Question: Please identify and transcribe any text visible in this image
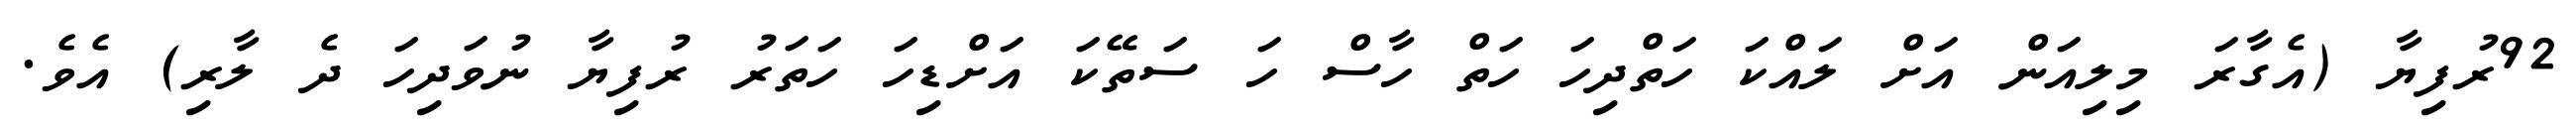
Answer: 92ރުފިޔާ (އެގާރަ މިލިއަން އަށް ލައްކަ ހަތްދިހަ ހަތް ހާސް ހަ ސަތޭކަ އަށްޑިހަ ހަތަރު ރުފިޔާ ނުވަދިހަ ދެ ލާރި) އެވެ.